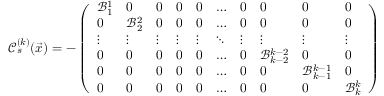
\mathcal C _ { s } ^ { ( k ) } ( \vec { x } ) = - \left( \begin{array} { l l l l l l l l l l } { \mathcal B _ { 1 } ^ { 1 } } & { 0 } & { 0 } & { 0 } & { 0 } & { \ldots } & { 0 } & { 0 } & { 0 } & { 0 } \\ { 0 } & { \mathcal B _ { 2 } ^ { 2 } } & { 0 } & { 0 } & { 0 } & { \ldots } & { 0 } & { 0 } & { 0 } & { 0 } \\ { \vdots } & { \vdots } & { \vdots } & { \vdots } & { \vdots } & { \ddots } & { \vdots } & { \vdots } & { \vdots } & { \vdots } \\ { 0 } & { 0 } & { 0 } & { 0 } & { 0 } & { \ldots } & { 0 } & { \mathcal B _ { k - 2 } ^ { k - 2 } } & { 0 } & { 0 } \\ { 0 } & { 0 } & { 0 } & { 0 } & { 0 } & { \ldots } & { 0 } & { 0 } & { \mathcal B _ { k - 1 } ^ { k - 1 } } & { 0 } \\ { 0 } & { 0 } & { 0 } & { 0 } & { 0 } & { \ldots } & { 0 } & { 0 } & { 0 } & { \mathcal B _ { k } ^ { k } } \end{array} \right)